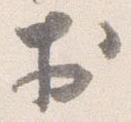
於